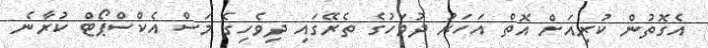
އެގޮތުން ކުރިއަށް އޮތް އަހަރު ދުވަހުގެ ތެރޭގައި ދިވެހިގެ މަސް އެކްސްޕޯޓް ކުރާނެ